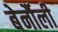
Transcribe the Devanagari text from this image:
बेर्नौली